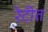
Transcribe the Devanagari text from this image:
रेटीत